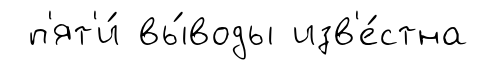
п'ят'и́ вы́воды изв'е́стна